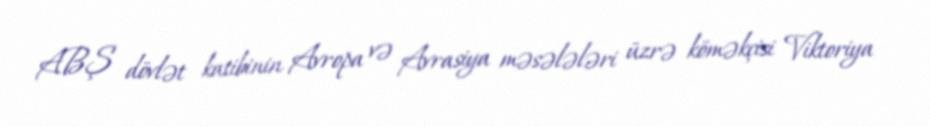
ABŞ dövlət katibinin Avropa və Avrasiya məsələləri üzrə köməkçisi Viktoriya